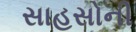
સાહસોની